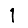
Digit: 1